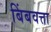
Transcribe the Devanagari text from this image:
बिंबवत्ता